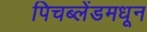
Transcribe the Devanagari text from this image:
पिचब्लेंडमधून